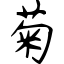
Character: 菊